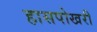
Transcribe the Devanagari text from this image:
हासपोखरी